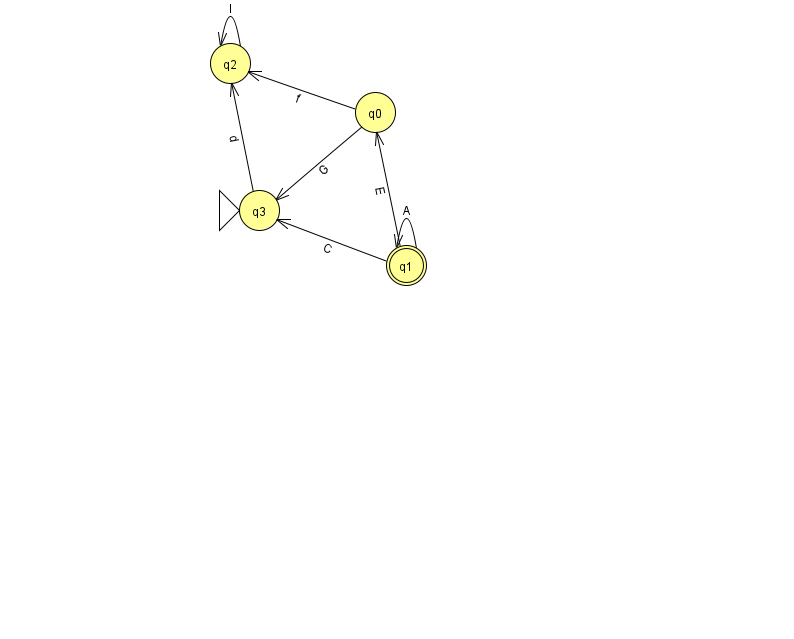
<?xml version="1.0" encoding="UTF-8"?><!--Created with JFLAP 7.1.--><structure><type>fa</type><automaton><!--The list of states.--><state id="0" name="q0"><x>375.0</x><y>99.0</y></state><state id="1" name="q1"><x>406.0</x><y>252.0</y><final/></state><state id="2" name="q2"><x>230.0</x><y>50.0</y></state><state id="3" name="q3"><x>259.0</x><y>197.0</y><initial/></state><!--The list of transitions.--><transition><from>1</from><to>1</to><read>A</read></transition><transition><from>1</from><to>3</to><read>C</read></transition><transition><from>0</from><to>3</to><read>G</read></transition><transition><from>1</from><to>0</to><read>E</read></transition><transition><from>0</from><to>2</to><read>f</read></transition><transition><from>3</from><to>2</to><read>d</read></transition><transition><from>2</from><to>2</to><read>l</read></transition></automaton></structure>